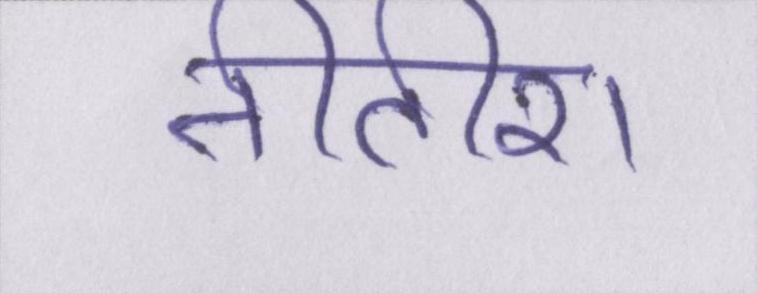
नीतीश